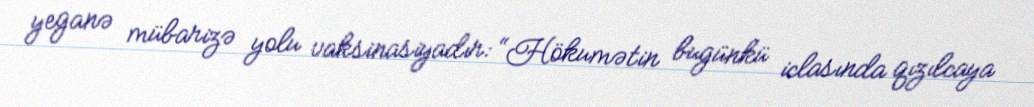
yeganə mübarizə yolu vaksinasiyadır: “Hökumətin bugünkü iclasında qızılcaya